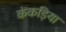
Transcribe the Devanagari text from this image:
कंकड़िया